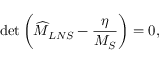
\operatorname * { d e t } \left( \widehat { M } _ { L N S } - \frac { \eta } { M _ { S } } \right) = 0 ,